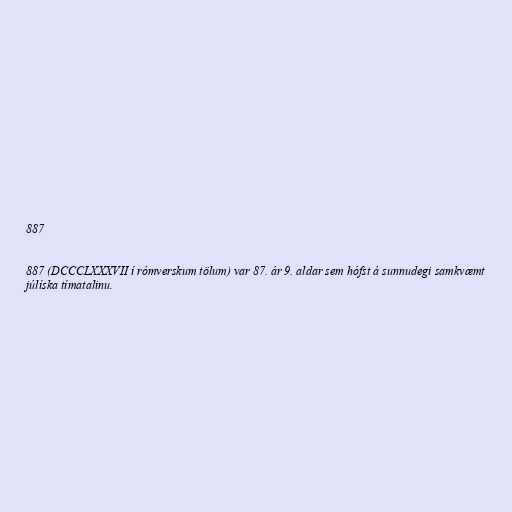
887

887 (DCCCLXXXVII í rómverskum tölum) var 87. ár 9. aldar sem hófst á sunnudegi samkvæmt
júlíska tímatalinu.